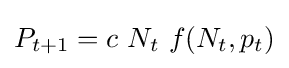
P_{t+1}=c\ N_{t}\ f(N_{t},p_{t})